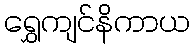
ရွှေကျင်နိကာယ